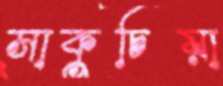
সাকুচিয়া